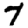
Digit: 7